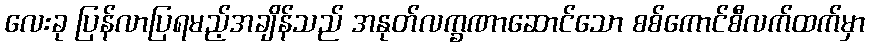
လေးခု ပြန်လာပြရမည့်အချိန်သည် အနုတ်လက္ခဏာဆောင်သော စစ်ကောင်စီလက်ထက်မှာ